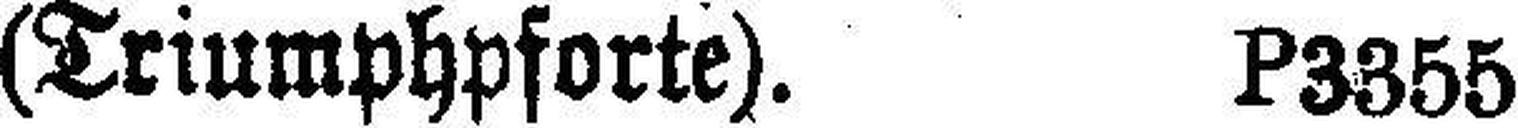
(Triumphpforte). P3355